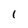
Character: 1